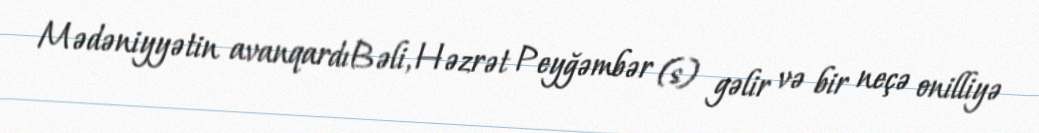
Mədəniyyətin avanqardıBəli, Həzrət Peyğəmbər (s) gəlir və bir neçə onilliyə